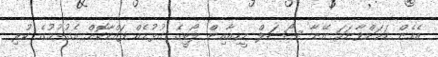
އެހެން ކަމަށްވާނަމަ އޭނާ ސޯޝަލް މީޑިއާއިން ލޯބީގެ ގުޅުމެއް ފައްކާކޮށް އެގުޅުމުގެ ކުރި